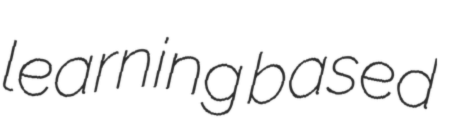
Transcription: learning based